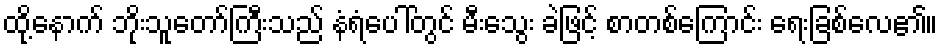
ထို့နောက် ဘိုးသူတော်ကြီးသည် နံရံပေါ်တွင် မီးသွေး ခဲဖြင့် စာတစ်ကြောင်း ရေးခြစ်လေ၏။